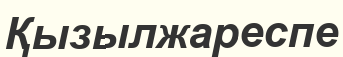
Қызылжареспе